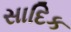
સાદિક